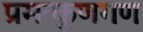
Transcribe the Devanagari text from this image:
प्रमत्कुणगण